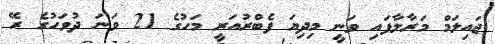
ޖައިލަމް މަރާލާފައި ވަނީ މިދިޔަ ފެބްރުއަރީ މަހުގެ 21 ވަނަ ދުވަހުގެ ރޭ